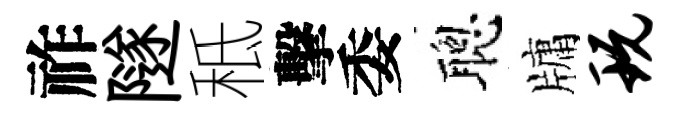
祚隧秪擊委聰牗玩